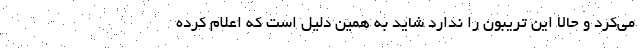
می‌کرد و حالا این تریبون را ندارد شاید به همین دلیل است که اعلام کرده